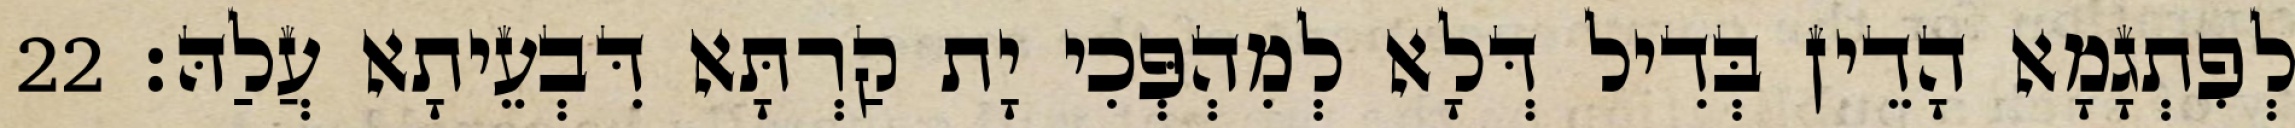
לְפִתְגָמָא הָדֵין בְּדִיל דְּלָא לְמִהְפְּכִי יָת קַרְתָּא דִּבְעֵיתָא עֲלַהּ׃ 22